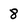
Character: 8